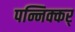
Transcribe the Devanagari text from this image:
पन्निक्कर्